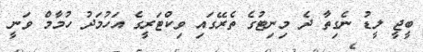
ބީޖީ ލީޑު ނެގިތާ ދެ މިނިޓުގެ ތެރޭގައި ވިކްޓަރީގެ އަހުމަދު ހުމާމް ވަނީ